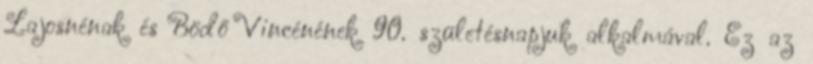
Lajosnénak és Bödő Vincénének 90. születésnapjuk alkalmával. Ez az